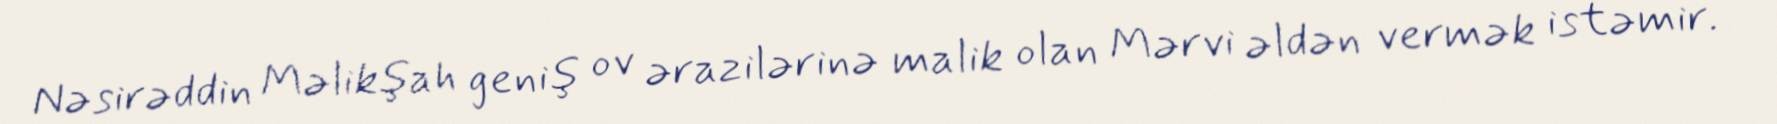
Nəsirəddin Məlikşah geniş ov ərazilərinə malik olan Mərvi əldən vermək istəmir.